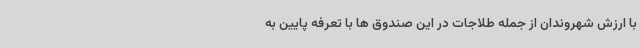
با ارزش شهروندان از جمله طلاجات در این صندوق ها با تعرفه پایین به